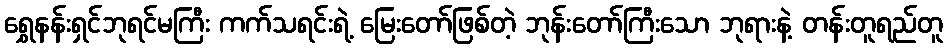
ရွှေနန်းရှင်ဘုရင်မကြီး ကက်သရင်းရဲ့ မြေးတော်ဖြစ်တဲ့ ဘုန်းတော်ကြီးသော ဘုရားနဲ့ တန်းတူရည်တူ